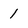
Character: 1